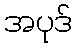
အပုဒ်